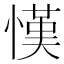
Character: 𢠦